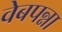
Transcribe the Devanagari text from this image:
वेबपन्ना